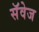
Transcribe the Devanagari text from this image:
सॅवेज